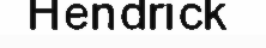
Hendrick